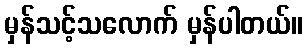
မှန်သင့်သလောက် မှန်ပါတယ်။